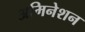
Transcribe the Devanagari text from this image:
अमिनेशन